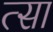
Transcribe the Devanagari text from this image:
त्सा